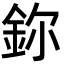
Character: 鉨